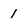
Character: 1